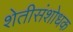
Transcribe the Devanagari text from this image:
शेतीसंशोधक